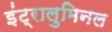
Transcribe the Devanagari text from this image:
इंट्रालुमिनल